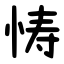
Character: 㤽